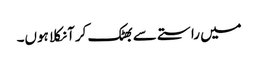
میں راستے سے بھٹک کر آ نکلا ہوں۔